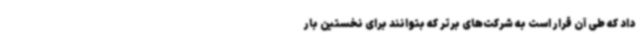
داد که طی آن قرار است به شرکت‌های برتر که بتوانند برای نخستین بار